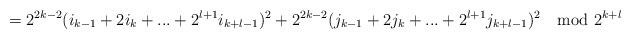
LaTeX: \begin{align*} = 2^{2k-2}(i_{k-1}+2i_k+...+2^{l+1}i_{k+l-1})^2 + 2^{2k-2}(j_{k-1}+2j_k+...+2^{l+1}j_{k+l-1})^2\mod 2^{k+l} \end{align*}